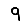
Digit: 9